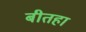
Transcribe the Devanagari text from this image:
बीतहा